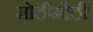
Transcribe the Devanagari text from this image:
मोठीमोठी